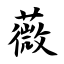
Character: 薇